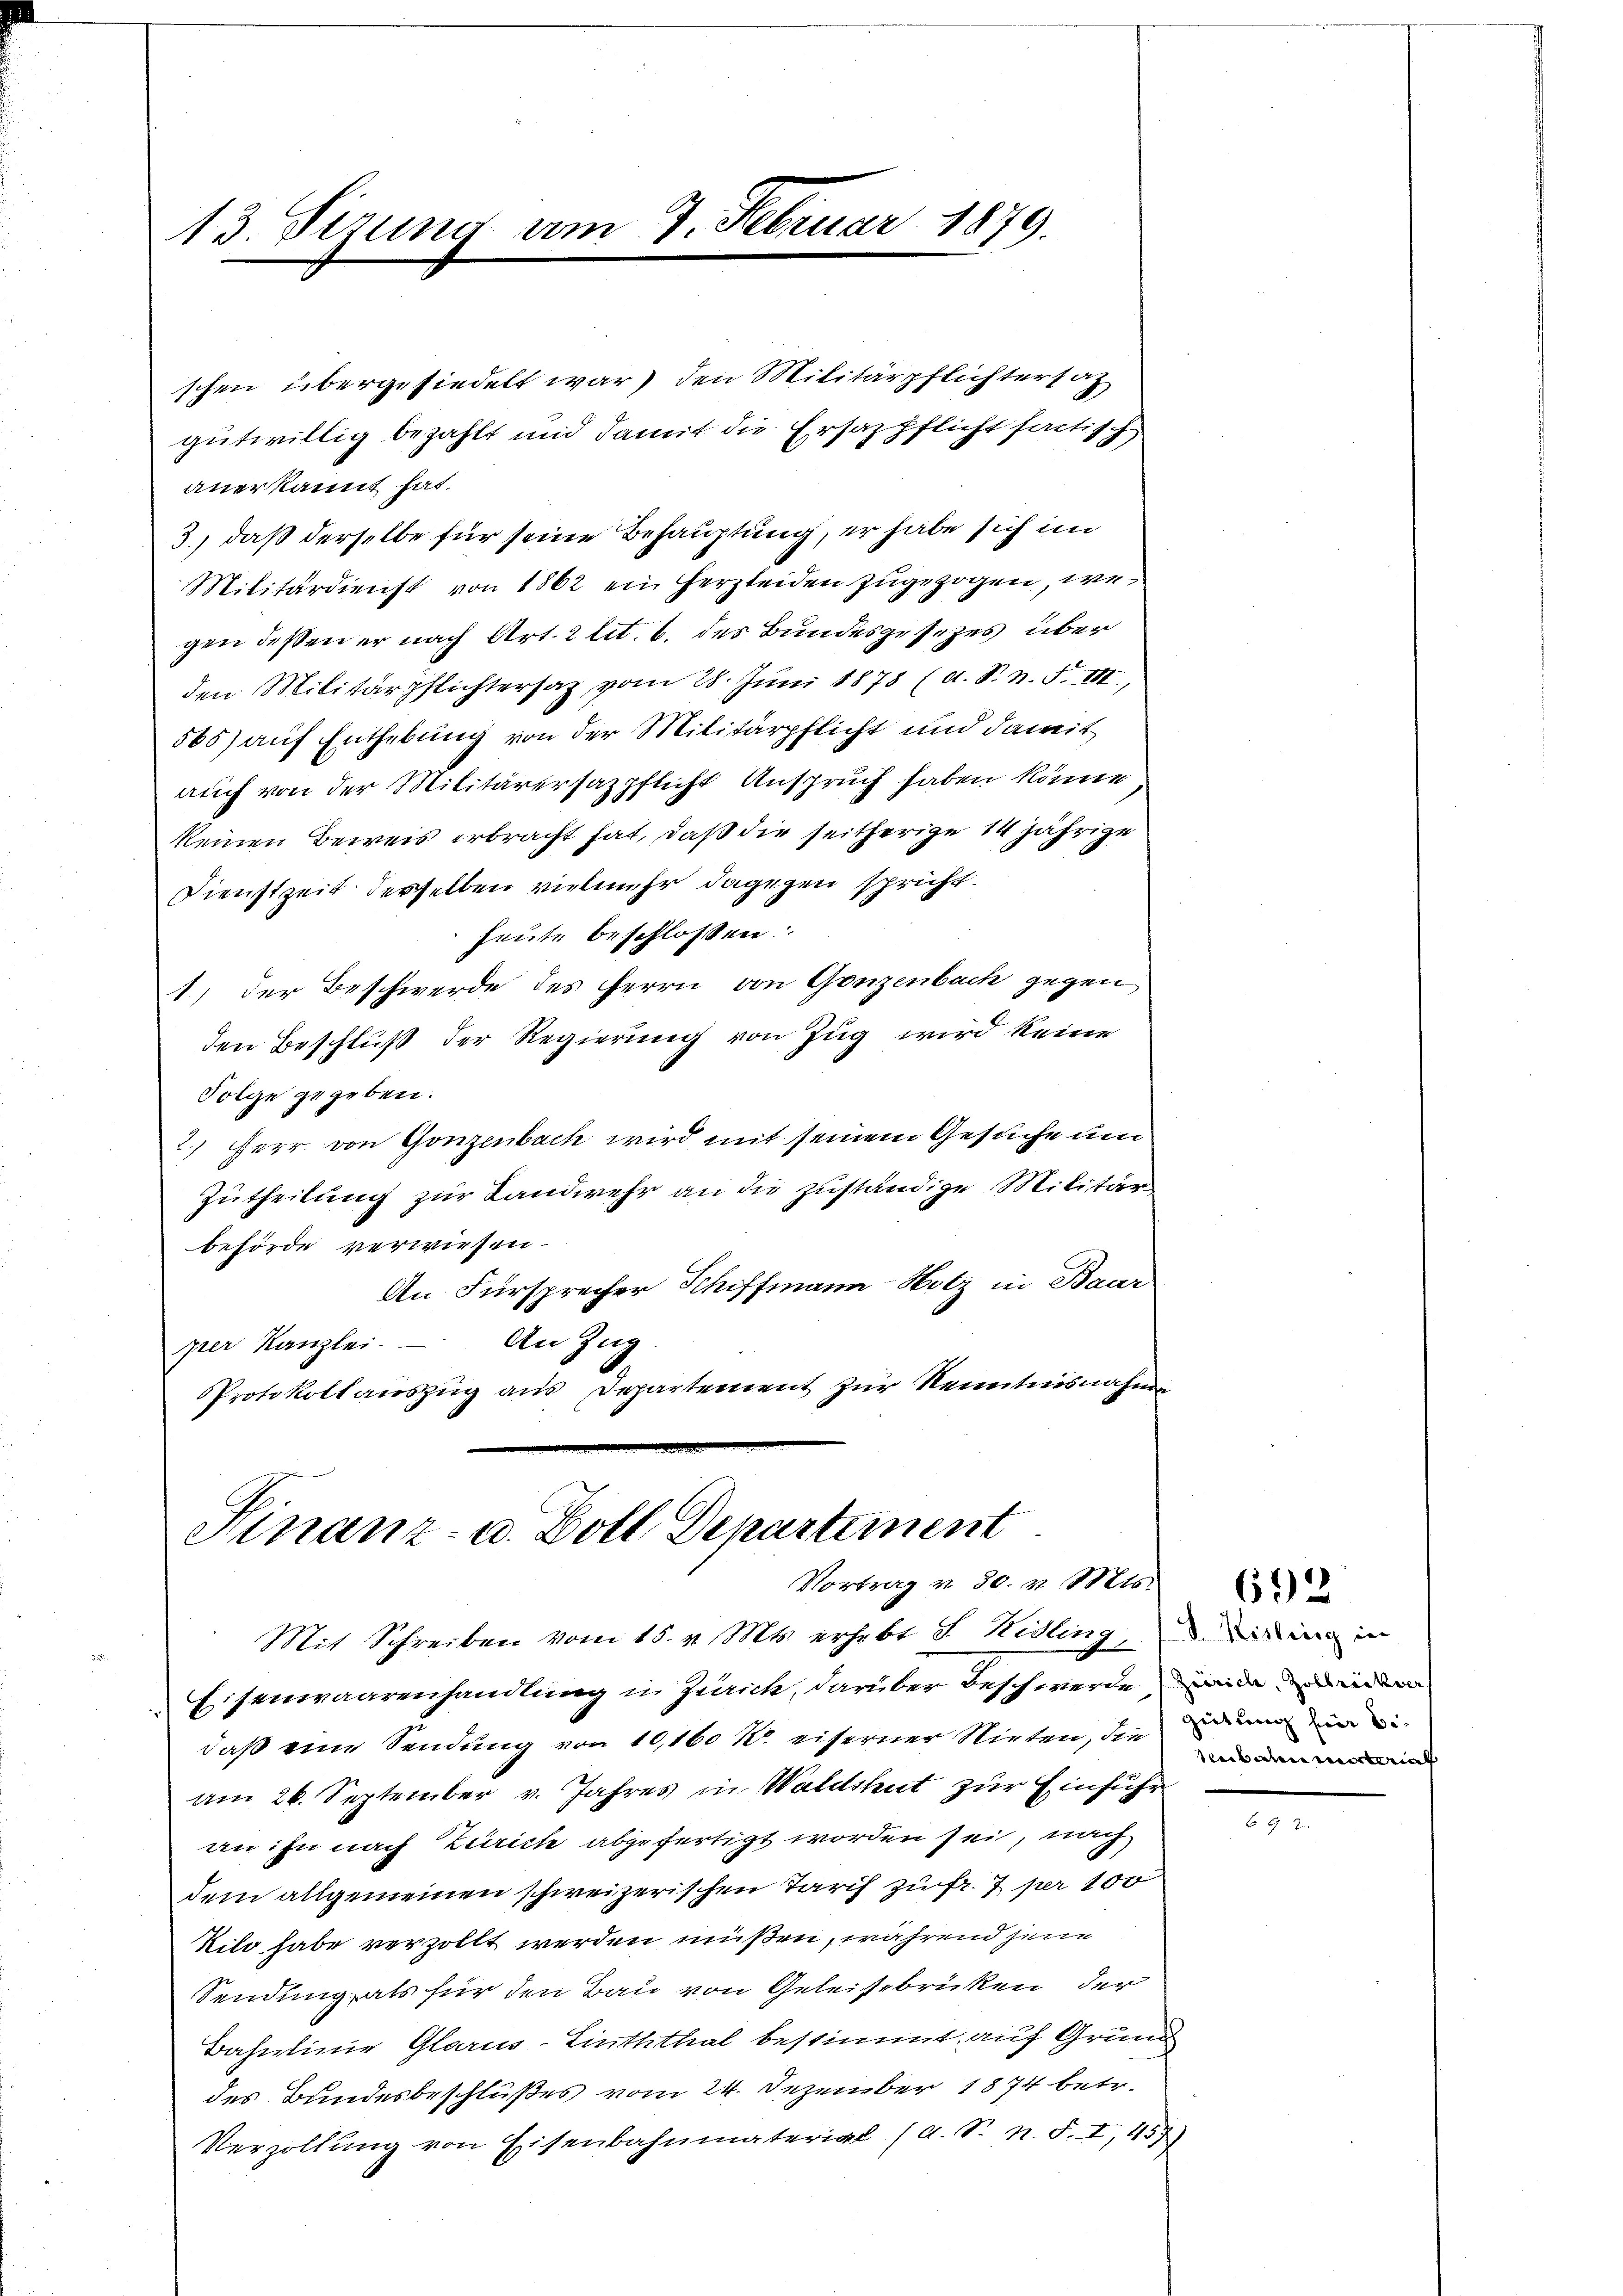
13 Sirung am 7. Februar 1879.

Finanz- u. Doll Departement
Vortrag v. 30. v. Mts.
Mit Schreiben vom 15. v. Mts. erhebt S. Kidling, in in
Eisenwaarenhandlung in Zürich, darüber beschwerde, wie einen

daß eine Sendung von 10,160 R. eiserner Nieten, die Eid in
am 26. September v. Jahres in Waldshut zur Einführ
an: In nach Zürich abgefertigt worden sei, nach
dem allgemeinen schweizerischen Tarif zu fr. 7 per 100
Kilo habe verzollt werden müßen, während jene
Sendung, als für den Bau von Geleisebriken der
Bahnlinie Glarus-Linththal bestimmt auf Grund
des Bundesbeschlußes vom 24. Dezember 1874 betr.
Verzollung von Eisenbahnmaterial (d. S. n. F. I, 457)

schen übergesiedelt war) den Militärpflichtersatz
gutwillig bezahlt und damit die Ersazpflicht factisch
anerkannt hat.
3., daß derselbe für seine Behauptung, er habe sich im
Militärdienst von 1862 ein Herzleiden zugezogen, wegen deßen er nach Art. 2 lit. b. des Bundesgesetzes über
den Militärpflichtersaz vom 28. Jŭni 1878 (d. S. n. F. III,
565) auf Enthebung von der Militärpflicht und damit
auch von der Militärersazpflicht Anspruch haben könne
keinen Beweis erbracht hat, daß die seitherige 14jährige
Dienstzeit derselben vielmehr dagegen spricht.
heute beschlossen
1.) der Beschwerde des Herrn von Ganzenbach gegen
den Beschluß der Regierung von Zug wird keine
Folge gegeben.
2.) Herr von Gonzenbach wird mit seinem Gesuche und
Zutheilung zur Landwehr an die zuständige Militär-
behörde verwiesen.
An Fürsprecher Schiffmann Hotz in Baar
An Zug.
per Kanzlei.
Protokollauszug aus Departement zur Kenntnisnahm

senbahnmaterial